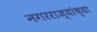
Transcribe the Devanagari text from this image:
नगरराज्यांच्या